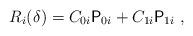
LaTeX: \begin{align*}R_i(\delta) = C_{0i}\mathsf{P}_{0i} + C_{1i} \mathsf{P}_{1i} \;,\end{align*}